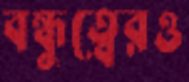
বন্ধুত্বেরও